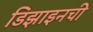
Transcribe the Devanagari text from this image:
डिझाइनची